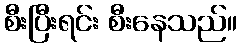
စီးပြီးရင်း စီးနေသည်။